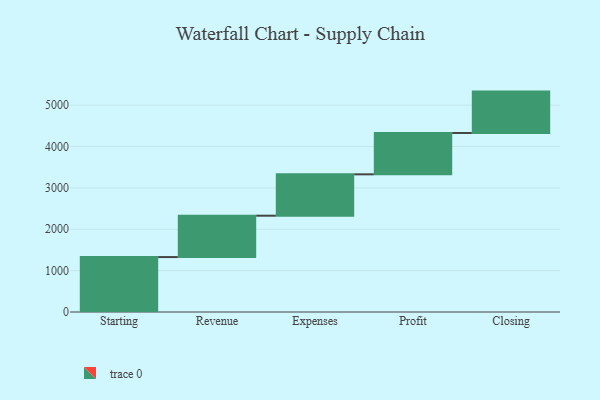
{"axis": {"x": "Step", "y": "Value"}, "legend": [""], "data": [{"x": "Starting", "y": 1328.0, "type": ""}, {"x": "Revenue", "y": 1000, "type": ""}, {"x": "Expenses", "y": 1000, "type": ""}, {"x": "Profit", "y": 1000, "type": ""}, {"x": "Closing", "y": 1000, "type": ""}]}